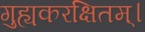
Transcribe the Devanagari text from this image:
गुह्यकरक्षितम्।